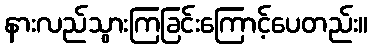
နားလည်သွားကြခြင်းကြောင့်ပေတည်း။